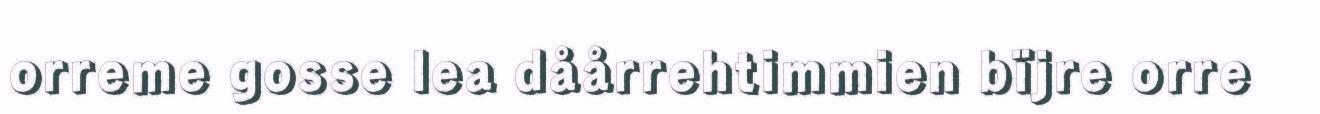
orreme gosse lea dåårrehtimmien bïjre orre